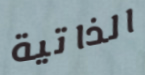
الذاتية